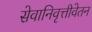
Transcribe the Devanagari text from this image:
सेवानिवृत्तीवेतन